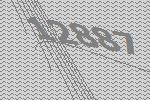
12887